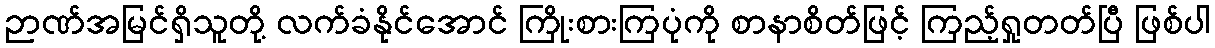
ဉာဏ်အမြင်ရှိသူတို့ လက်ခံနိုင်အောင် ကြိုးစားကြပုံကို စာနာစိတ်ဖြင့် ကြည့်ရှုတတ်ပြီ ဖြစ်ပါ